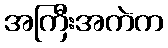
အကြီးအကဲက